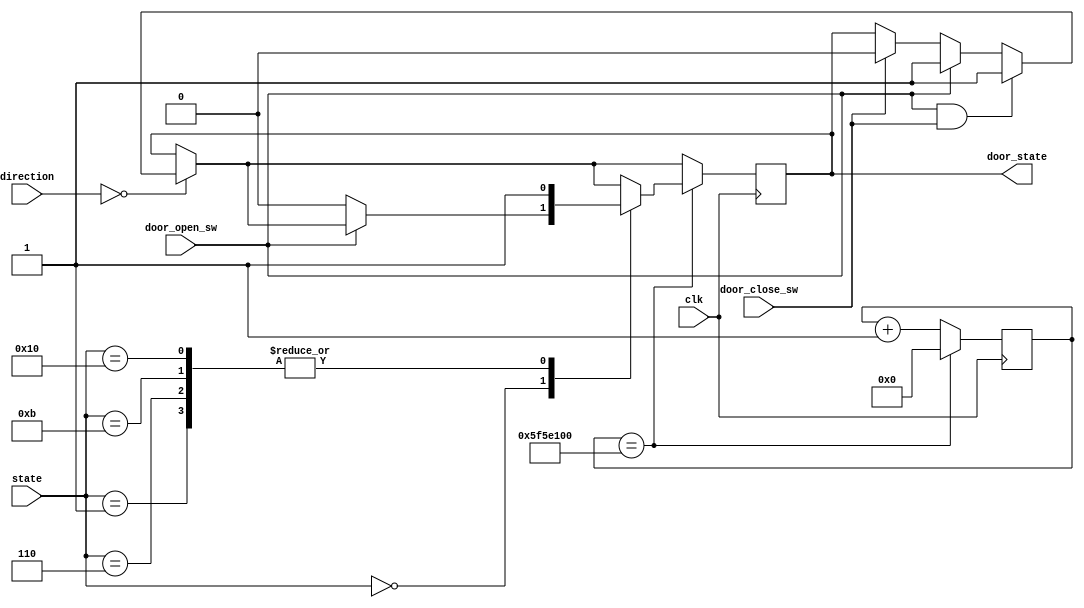
`timescale 1ns / 1ps
//////////////////////////////////////////////////////////////////////////////////
// Company: 
// Engineer: 
// 
// Design Name: 
// Module Name: door
// Project Name: 
// Target Devices: 
// Tool Versions: 
// Description: 
// 
// Dependencies: 
// 
// Revision:
// Revision 0.01 - File Created
// Additional Comments:
// 
//////////////////////////////////////////////////////////////////////////////////


module door(
	input wire clk,
	output reg door_state = 0,
	input wire[1:0] direction,
	input wire[4:0] state,
	input wire door_open_sw,
	input wire door_close_sw
    );
	
	parameter max=100000000; //2
	reg[30:0] n;
	
	always @(posedge clk)
	begin
	
		if(direction == 2'b00)
		begin
			if(door_open_sw && door_close_sw)	//sw 
				door_state <= 1;
			else if(door_open_sw)	//sw
				door_state <= 1;
			else if(door_close_sw)	//sw
				door_state <= 0;
		end
		
		if(n == max)
		begin
			n <= 0;
			case(state)
			5'b00000://
				begin
					if(door_open_sw == 0)
						door_state <= 0;
				end
			5'b00001://1 1
				begin
					door_state <= 1;
				end
			5'b00010://1 2
				begin
					
				end
			5'b00011://1 3
				begin
					
				end
			5'b00100://1 4
				begin
					
				end
			5'b00101://2 1
				begin
					
				end
			5'b00110://2 2
				begin
					door_state <= 1;
				end
			5'b00111://2 3
				begin
					
				end
			5'b01000://2 4
				begin
					
				end
			5'b01001://3 1
				begin
					
				end
			5'b01010://3 2
				begin
					
				end
			5'b01011://3 3
				begin
					door_state <= 1;
				end
			5'b01100://3 4
				begin
					
				end
			5'b01101://4 1
				begin
					
				end
			5'b01110://4 2
				begin
					
				end
			5'b01111://4 3
				begin
					
				end
			5'b10000://4 4
				begin
					door_state <= 1;
				end
			endcase
		end
		else n <= n + 1;
	end
	
	
	
endmodule